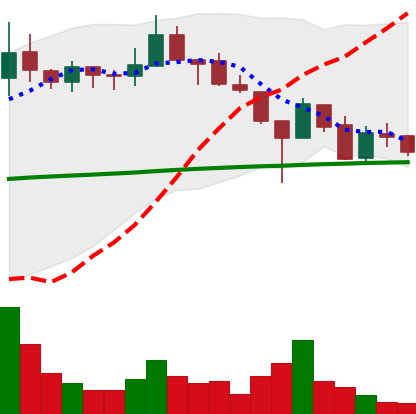
Ticker: LINK-USD
Chart end date: 2019-02-03
Forward return: 10.193%
Label: up_7plus